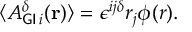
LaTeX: { \langle } A _ { { \sf G I } \, i } ^ { \delta } ( { \bf { r } } ) \rangle = { \epsilon } ^ { i j { \delta } } r _ { j } { \phi } ( r ) .